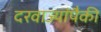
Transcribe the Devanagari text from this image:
दरवाज्यांपैकी